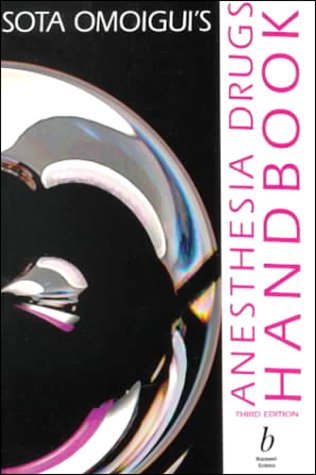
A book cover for Sota Omoigui's Anesthesia Drugs Handbook, Third Edition; Soto Omoigui; Medical Books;